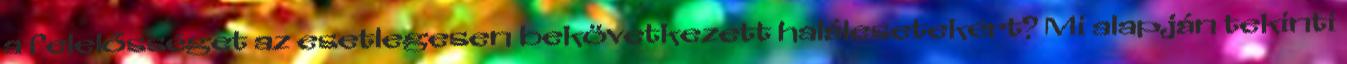
a felelősséget az esetlegesen bekövetkezett halálesetekért? Mi alapján tekinti